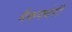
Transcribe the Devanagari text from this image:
मैकक्वेरी